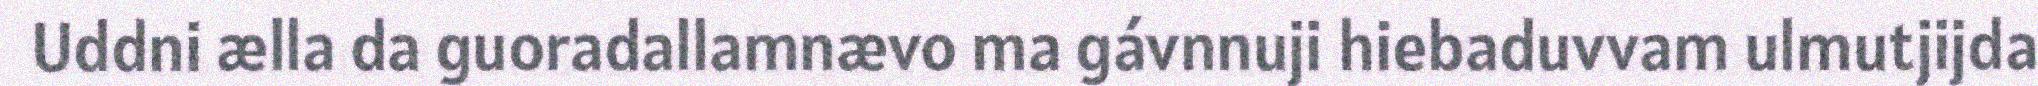
Uddni ælla da guoradallamnævo ma gávnnuji hiebaduvvam ulmutjijda